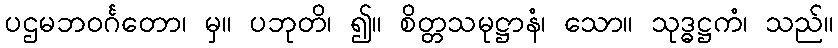
ပဌမဘဝင်္ဂတော၊ မှ။ ပဘုတိ၊ ၍။ စိတ္တသမုဋ္ဌာနံ၊ သော။ သုဒ္ဓဋ္ဌကံ၊ သည်။